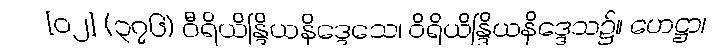
[၀၂] (၃၇၆) ဝီရိယိန္ဒြိယနိဒ္ဒေသေ၊ ဝိရိယိန္ဒြိယနိဒ္ဒေသ၌။ ဟေဋ္ဌာ၊